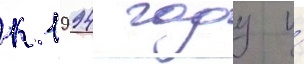
к 1994 году и́